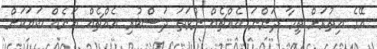
އޭގެ އިތުރަށް ތިމާ ދަންނަ އެއްޗެއް ނުވަތަ ދަސްކުރި އެއްޗެއް އަނެއް ބަޔަކަށް